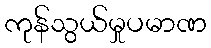
ကုန်သွယ်မှုပမာဏ